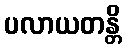
ပလာယတန္တိ